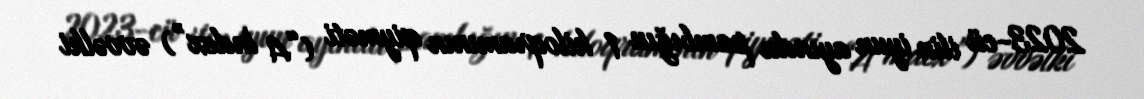
2023-cü ilin iyun ayında pambığın 1 kiloqramının qiyməti (“A Index”) əvvəlki